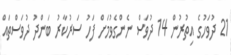
21 ދުވަހުގެ އިތުރުން 14 ދުވަސް ނެންގެވުމަށް ފަހު ސަރުކާރު ބަންދު ދުވަސްތައް